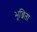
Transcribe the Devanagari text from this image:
भुन्जिता